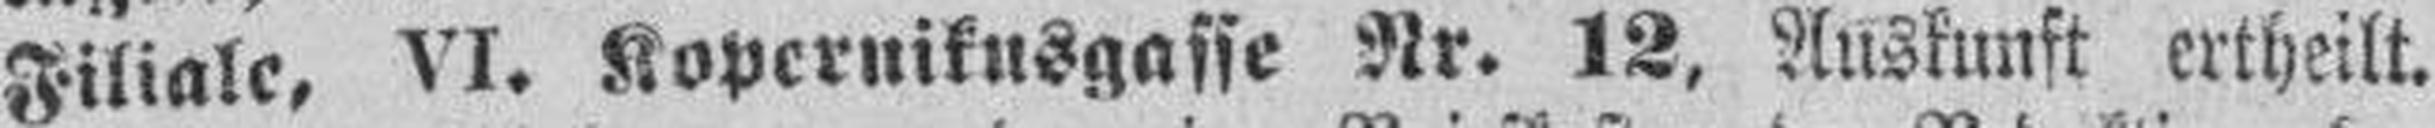
Filiale, VI. Kopernikusgasse Nr. 12, Auskunft ertheilt.